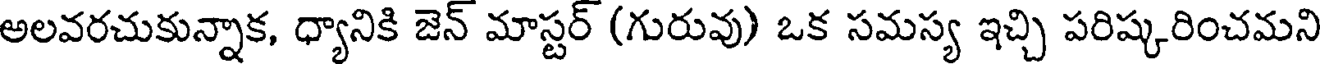
అలవరచుకున్నాక, ధ్యానికి జెన్ మాస్టర్ (గురువు) ఒక సమస్య ఇచ్చి పరిష్కరించమని